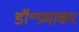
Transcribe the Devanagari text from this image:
डॉ॰प्रभाकर